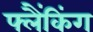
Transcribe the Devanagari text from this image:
फ्लैंकिंग